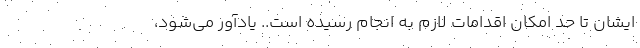
ایشان تا حد امکان اقدامات لازم به انجام رسیده است.. یادآور می‌شود،